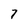
Character: 7